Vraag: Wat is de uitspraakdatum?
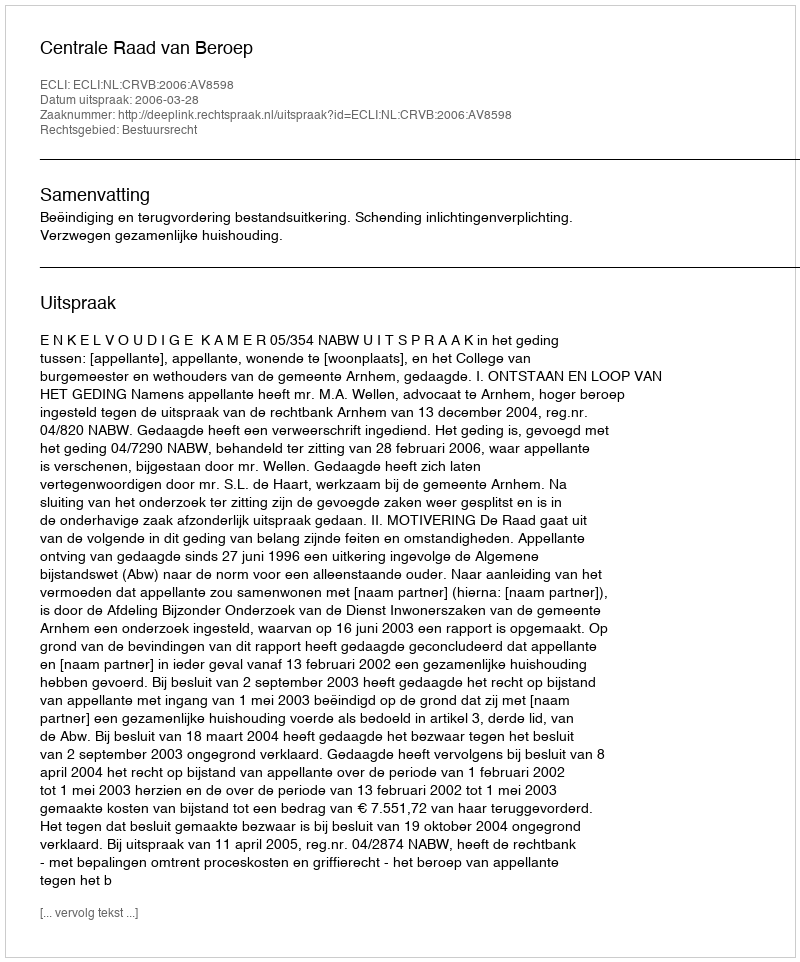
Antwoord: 2006-03-28